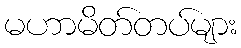
မဟာမိတ်တပ်များ